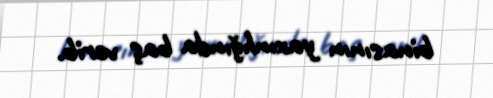
binasının yaxınlığında baş verib.